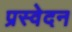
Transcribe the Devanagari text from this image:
प्रस्वेदन